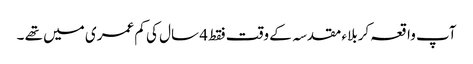
آپ واقعہ کربلاء مقدسہ کے وقت فقط 4 سال کی کم عمری میں تھے ۔